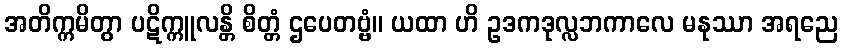
အတိက္ကမိတွာ ပဋိက္ကူလန္တိ စိတ္တံ ဌပေတဗ္ဗံ။ ယထာ ဟိ ဥဒကဒုလ္လဘကာလေ မနုဿာ အရညေ